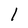
Character: l